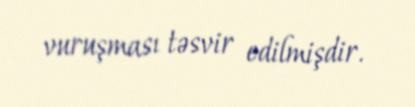
vuruşması təsvir edilmişdir.